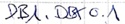
Text: DB1.DBX 0.1